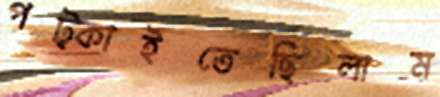
পট্‌কাইতেছিলাম